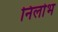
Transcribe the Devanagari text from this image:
निर्लोभ